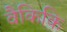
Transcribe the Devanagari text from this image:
वैकिकि